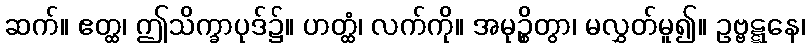
ဆက်။ ဧတ္ထ၊ ဤသိက္ခာပုဒ်၌။ ဟတ္ထံ၊ လက်ကို။ အမုဉ္စိတွာ၊ မလွှတ်မူ၍။ ဥဗ္ဗဋ္ဋနေ၊